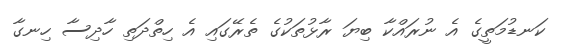
ކަނޑުމަތީގެ އެ ނުރައްކާ ބިޔަ ރާޅުތަކުގެ ތެރޭގައި އެ ހިތްދަތި ހާދިސާ ހިނގާ